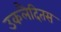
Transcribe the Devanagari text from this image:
उकलैदितस